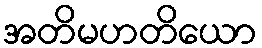
အတိမဟတိယော